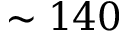
\sim 1 4 0